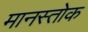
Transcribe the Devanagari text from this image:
मानस्तोक